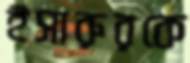
ইসারুরকে